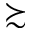
\succsim